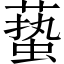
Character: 𱾞